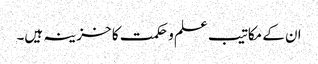
ان کے مکاتیب علم و حکمت کا خزینہ ہیں۔